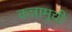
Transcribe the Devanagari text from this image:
कन्नामूची